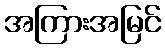
အကြားအမြင်